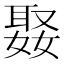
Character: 𭒒